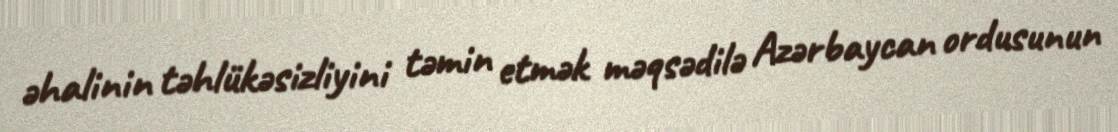
əhalinin təhlükəsizliyini təmin etmək məqsədilə Azərbaycan ordusunun